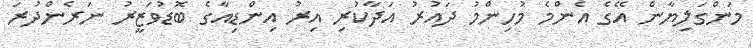
މަންގަލިޔާން އޭގެ އެންމެ މުހިންމު ދައުރު އަދާކުރި އިރު އިންޑިއާގެ ބޮޑުވަޒީރު ނަރެންދުރަ